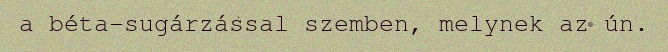
a béta-sugárzással szemben, melynek az ún.